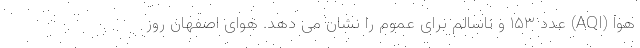
هوا (AQI) عدد ۱۵۳ و ناسالم برای عموم را نشان می دهد. هوای اصفهان روز